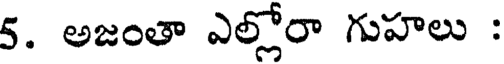
5. అజంతా ఎల్లోరా గుహలు :